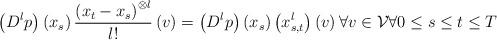
LaTeX: \begin{align*}\left( D^{l}p\right) \left( x_{s}\right) \frac{\left( x_{t}-x_{s}\right)^{\otimes l}}{l!}\left( v\right) =\left( D^{l}p\right) \left( x_{s}\right)\left( x_{s,t}^{l}\right) \left( v\right) \forall v\in \mathcal{V}\forall 0\leq s\leq t\leq T\end{align*}